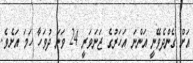
އަށް ގެންދެވޭނީ އަންނަ އަހަރުގެ ޖަނަވަރީ 24 ވަނަ ދުވަހާ ހަމަ އަށެވެ.